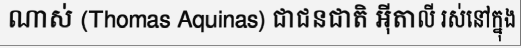
ណាស់ (Thomas Aquinas) ជាជនជាតិ អ៊ីតាលី រស់នៅក្នុង